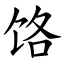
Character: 饹